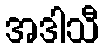
အဒါသီ